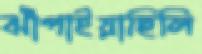
ঝাঁপাইয়াছিলি